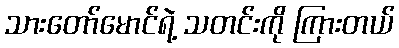
သားတော်မောင်ရဲ့ သတင်းကို ကြားတယ်